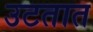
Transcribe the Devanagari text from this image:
उटतात